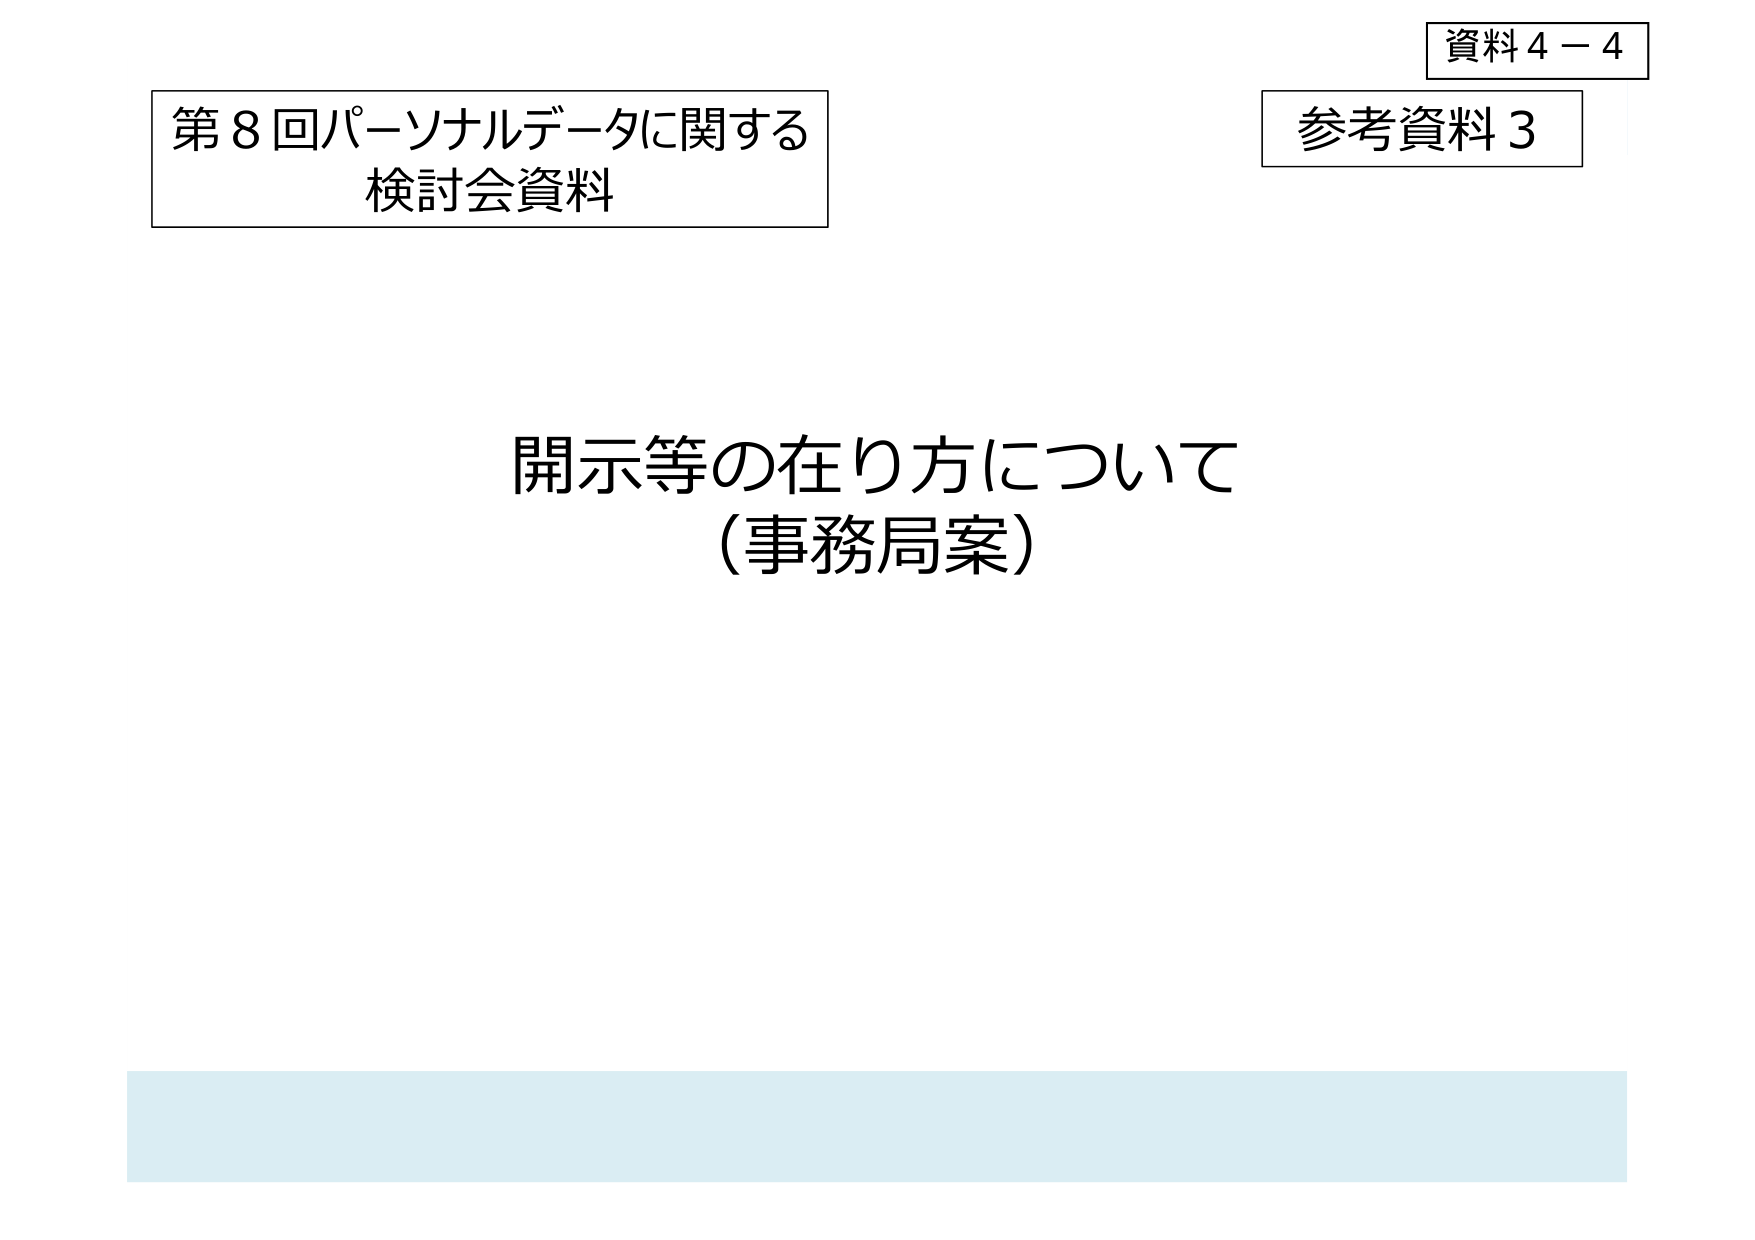
資料4－4
参考資料3
第8回パーソナルデータに関する
検討会資料
開示等の在り方について
（事務局案）